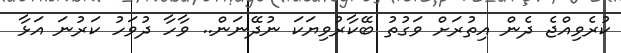
ކުރެވިއްޖެ ދެން އިތުރަށް ވަގުތު ބޭކާރުވިޔަކަ ނުދޭނަން.. ވާހާ ދުވަހު ކަރުނަ އަޅާ